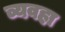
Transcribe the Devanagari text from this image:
व्यवहा